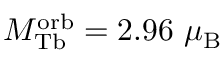
M _ { \mathrm { T b } } ^ { \mathrm { o r b } } = 2 . 9 6 ~ \mu _ { \mathrm { B } }